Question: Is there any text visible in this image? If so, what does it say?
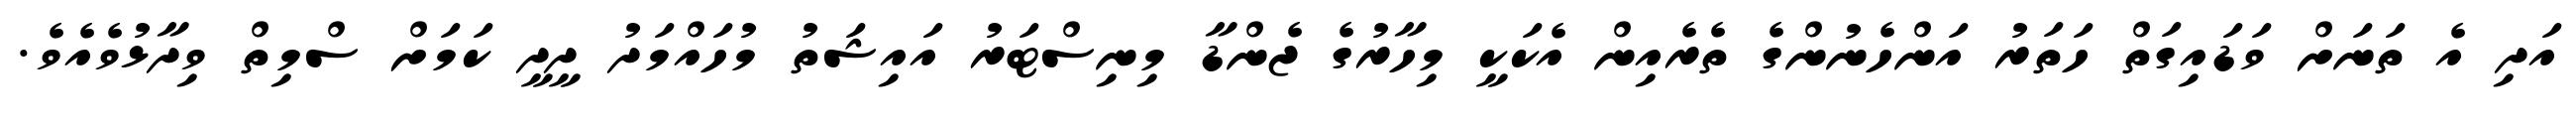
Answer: އަދި އެ ތަނަށް ވަޑައިގަތް ހަތަރު އަންހެނުންގެ ތެރެއިން އެކަކީ މިހާރުގެ ޖެންޑާ މިނިސްޓަރު އައިޝަތު މުހައްމަދު ދީދީ ކަމަށް ސްމިތް ވިދާޅުވެއެވެ.